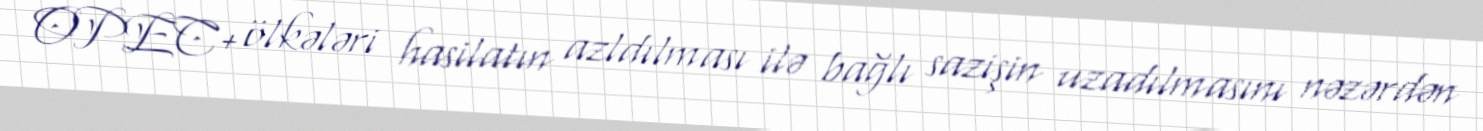
OPEC+ ölkələri hasilatın azldılması ilə bağlı sazişin uzadılmasını nəzərdən